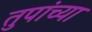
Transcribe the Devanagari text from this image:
तुपांच्या